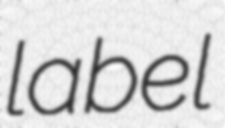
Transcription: label